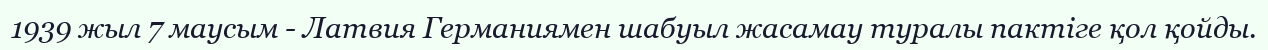
1939 жыл 7 маусым - Латвия Германиямен шабуыл жасамау туралы пактіге қол қойды.